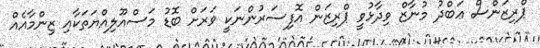
ޕްރިޒަންސް ޢަބްދު މުނާޒް ވިދާޅުވީ ޕްރިޒަން އޮފިސަރުންނަކީ ވަރަށް ބޮޑު މަސްއޫލިއްޔަތަކާއި ޒިންމާއެއް